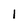
Character: 1